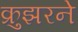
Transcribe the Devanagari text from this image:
क्रुझरने